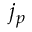
j _ { p }